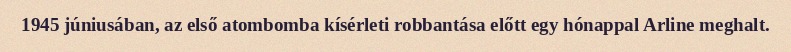
1945 júniusában, az első atombomba kísérleti robbantása előtt egy hónappal Arline meghalt.